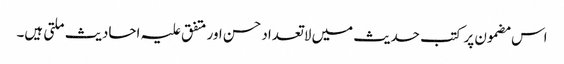
اس مضمون پر کتب حدیث میں لاتعداد حسن اور متفق علیہ احادیث ملتی ہیں۔